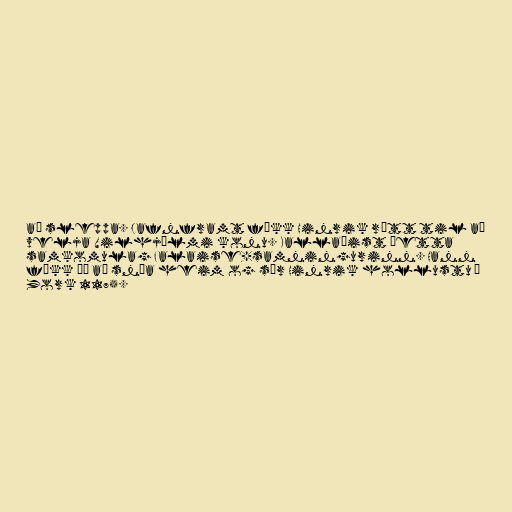
að sleppa. Jafnframt fékk Hinrik rétt til að
velja Vilhjálmi konu. Kallaðist þetta
samkomulag Falaise-samningurinn. Hann
fékk þá að snúa heim og sór Hinrik hollustu í
York 1175.